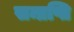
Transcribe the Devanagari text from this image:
सम्प्रप्ति